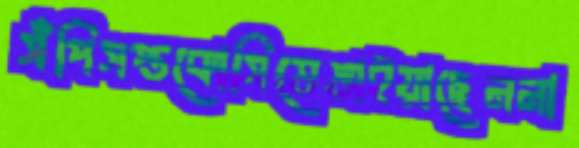
সঁপিসপ্তকোসিভেঙাইয়াছেননা